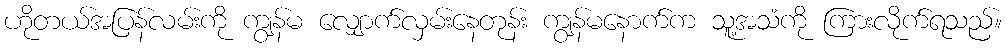
ဟိုတယ်အပြန်လမ်းကို ကျွန်မ လျှောက်လှမ်းနေတုန်း ကျွန်မနောက်က သူ့အသံကို ကြားလိုက်ရသည်။